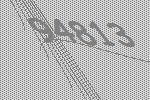
94813